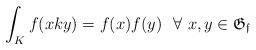
LaTeX: \begin{align*}\int_Kf(xky) = f(x)f(y)~~\forall~ x,y\in \mathfrak{G_f}\end{align*}